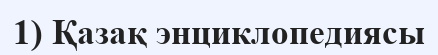
1) Қазақ энциклопедиясы